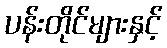
ပန်းတိုင်များနှင့်